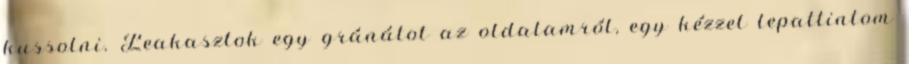
kussolni. Leakasztok egy gránátot az oldalamról, egy kézzel lepattintom